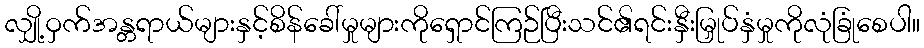
လျှို့ဝှက်အန္တရာယ်များနှင့်စိန်ခေါ်မှုများကိုရှောင်ကြဉ်ပြီးသင်၏ရင်းနှီးမြှုပ်နှံမှုကိုလုံခြုံစေပါ။